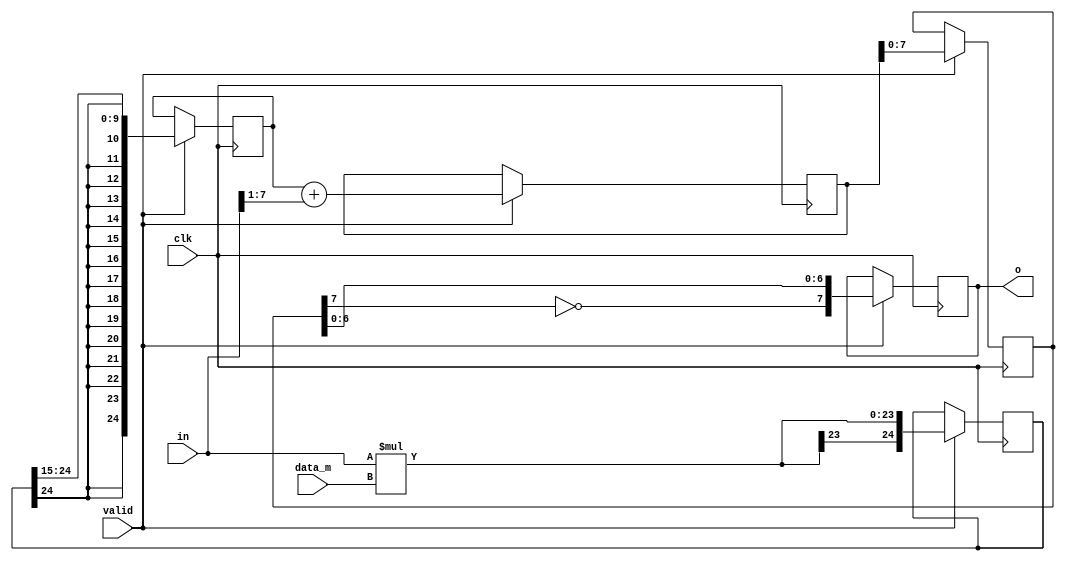
//-----------------------------------------------------------------------------
//
// Title       : dds_out
// Design      : top
// Company     : nasa
//
//-----------------------------------------------------------------------------
//
// Generated   : Wed Dec 19 12:00:37 2018
// From        : interface description file
// By          : Itf2Vhdl ver. 1.22
//
//-----------------------------------------------------------------------------
//
// Description : 
//
//-----------------------------------------------------------------------------
`timescale 1 ns / 1 ps

//{{ Section below this comment is automatically maintained
//   and may be overwritten
//{module {dds_out}}
module dds_out (
	output wire [7:0] o,
	input wire clk,
	input wire signed [7:0] in,
	input wire signed [15:0] data_m,
	input wire valid
);

reg signed [ 7:0] data= 0;
reg        [ 7:0] data_o=0;
reg signed [24:0] accum0=0;
reg signed [24:0] accum1=0;
reg signed [24:0] accum2=0;

always @(posedge clk) 
begin
if (valid) 
begin

accum0<=in*data_m;
accum1<=accum0>>>15;
accum2<=accum1+(in>>>1);
data  <=accum2>>>0;
data_o<={~data[7],data[6:0]};

end

end
	
assign o=data_o;
	
endmodule